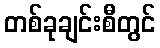
တစ်ခုချင်းစီတွင်